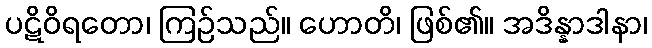
ပဋိဝိရတော၊ ကြဉ်သည်။ ဟောတိ၊ ဖြစ်၏။ အဒိန္နာဒါနာ၊